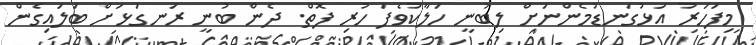
މިފަހަރު އަޅުގަނޑުމެންނަށް ލިބުނީ ހަލާކުވެފަ ހުރި ފޮތް. ދެން ބުނީ ރަނގަޅަަށް ބަަލައިގެން